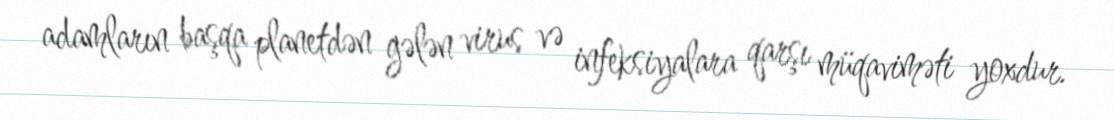
adamların başqa planetdən gələn virus və infeksiyalara qarşı müqaviməti yoxdur.